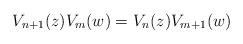
LaTeX: \begin{align*}V_{n+1}(z)V_m(w)= V_{n}(z)V_{m+1}(w) \end{align*}